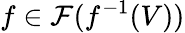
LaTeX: f\in{\mathcal{F}}(f^{-1}(V))